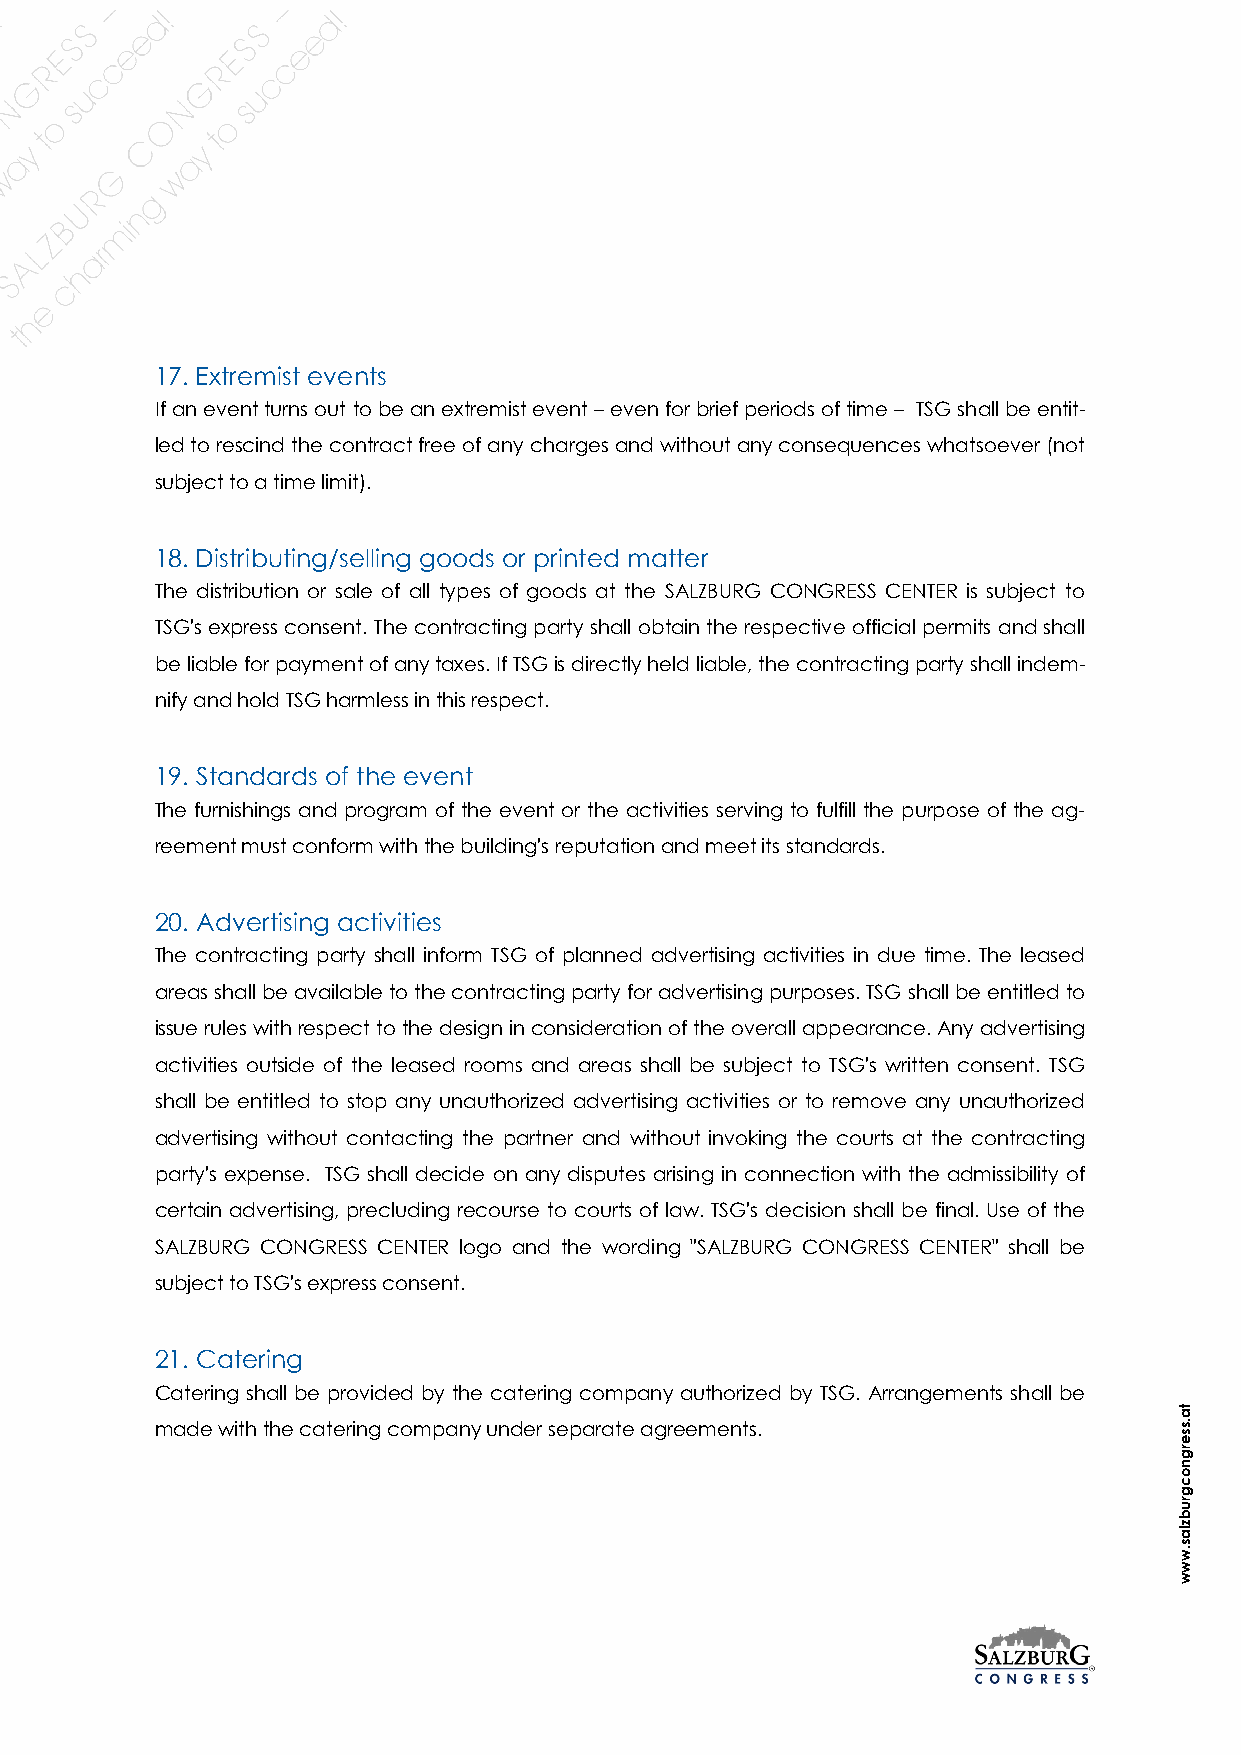
17. Extremist events
 If an event turns out to be an extremist event – even for brief periods of time – TSG shall be entit-
 led to rescind the contract free of any charges and without any consequences whatsoever (not
 subject to a time limit).
 18. Distributing/selling goods or printed matter
 The distribution or sale of all types of goods at the SALZBURG CONGRESS CENTER is subject to
 TSG's express consent. The contracting party shall obtain the respective official permits and shall
 be liable for payment of any taxes. If TSG is directly held liable, the contracting party shall indem-
 nify and hold TSG harmless in this respect.
 19. Standards of the event
 The furnishings and program of the event or the activities serving to fulfill the purpose of the ag-
 reement must conform with the building's reputation and meet its standards.
 20. Advertising activities
 The contracting party shall inform TSG of planned advertising activities in due time. The leased
 areas shall be available to the contracting party for advertising purposes. TSG shall be entitled to
 issue rules with respect to the design in consideration of the overall appearance. Any advertising
 activities outside of the leased rooms and areas shall be subject to TSG's written consent. TSG
 shall be entitled to stop any unauthorized advertising activities or to remove any unauthorized
 advertising without contacting the partner and without invoking the courts at the contracting
 party's expense. TSG shall decide on any disputes arising in connection with the admissibility of
 certain advertising, precluding recourse to courts of law. TSG's decision shall be final. Use of the
 SALZBURG CONGRESS CENTER logo and the wording "SALZBURG CONGRESS CENTER" shall be
 subject to TSG's express consent.
 21. Catering
 Catering shall be provided by the catering company authorized by TSG. Arrangements shall be
 ta
 made with the catering company under separate agreements.           .s
 s
 e
 rg
 n
 o
 c
 g
 ru
 b
 z
 la
 s
 .w
 w
 w